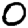
Digit: 0